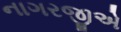
નાગરજીએ